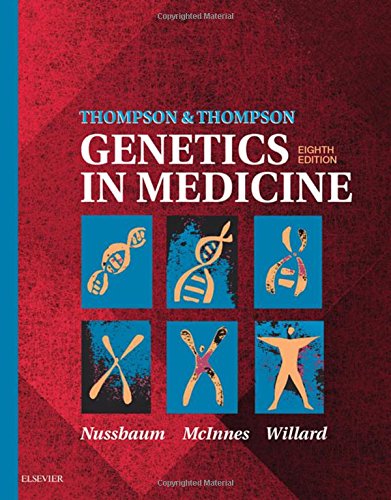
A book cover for Thompson & Thompson Genetics in Medicine, 8e; Robert L. Nussbaum MD  FACP  FACMG; Medical Books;